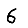
Digit: 6